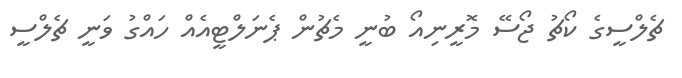
ޗެލްސީގެ ކޯޗު ޖޯސޭ މޮރީނިއޯ ބުނީ މެޗުން ޕެނަލްޓީއެއް ހައްގު ވަނީ ޗެލްސީ